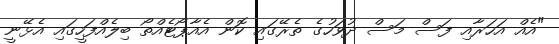
"އެއް އަހަރާއި ފަސް މަސް ދުވަހުގެ ތެރޭގައި ކޮން އެއާޕޯޓެއްތޯ ބިލެއްފަހީގައި އެޅޭނީ